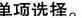
单项选择。